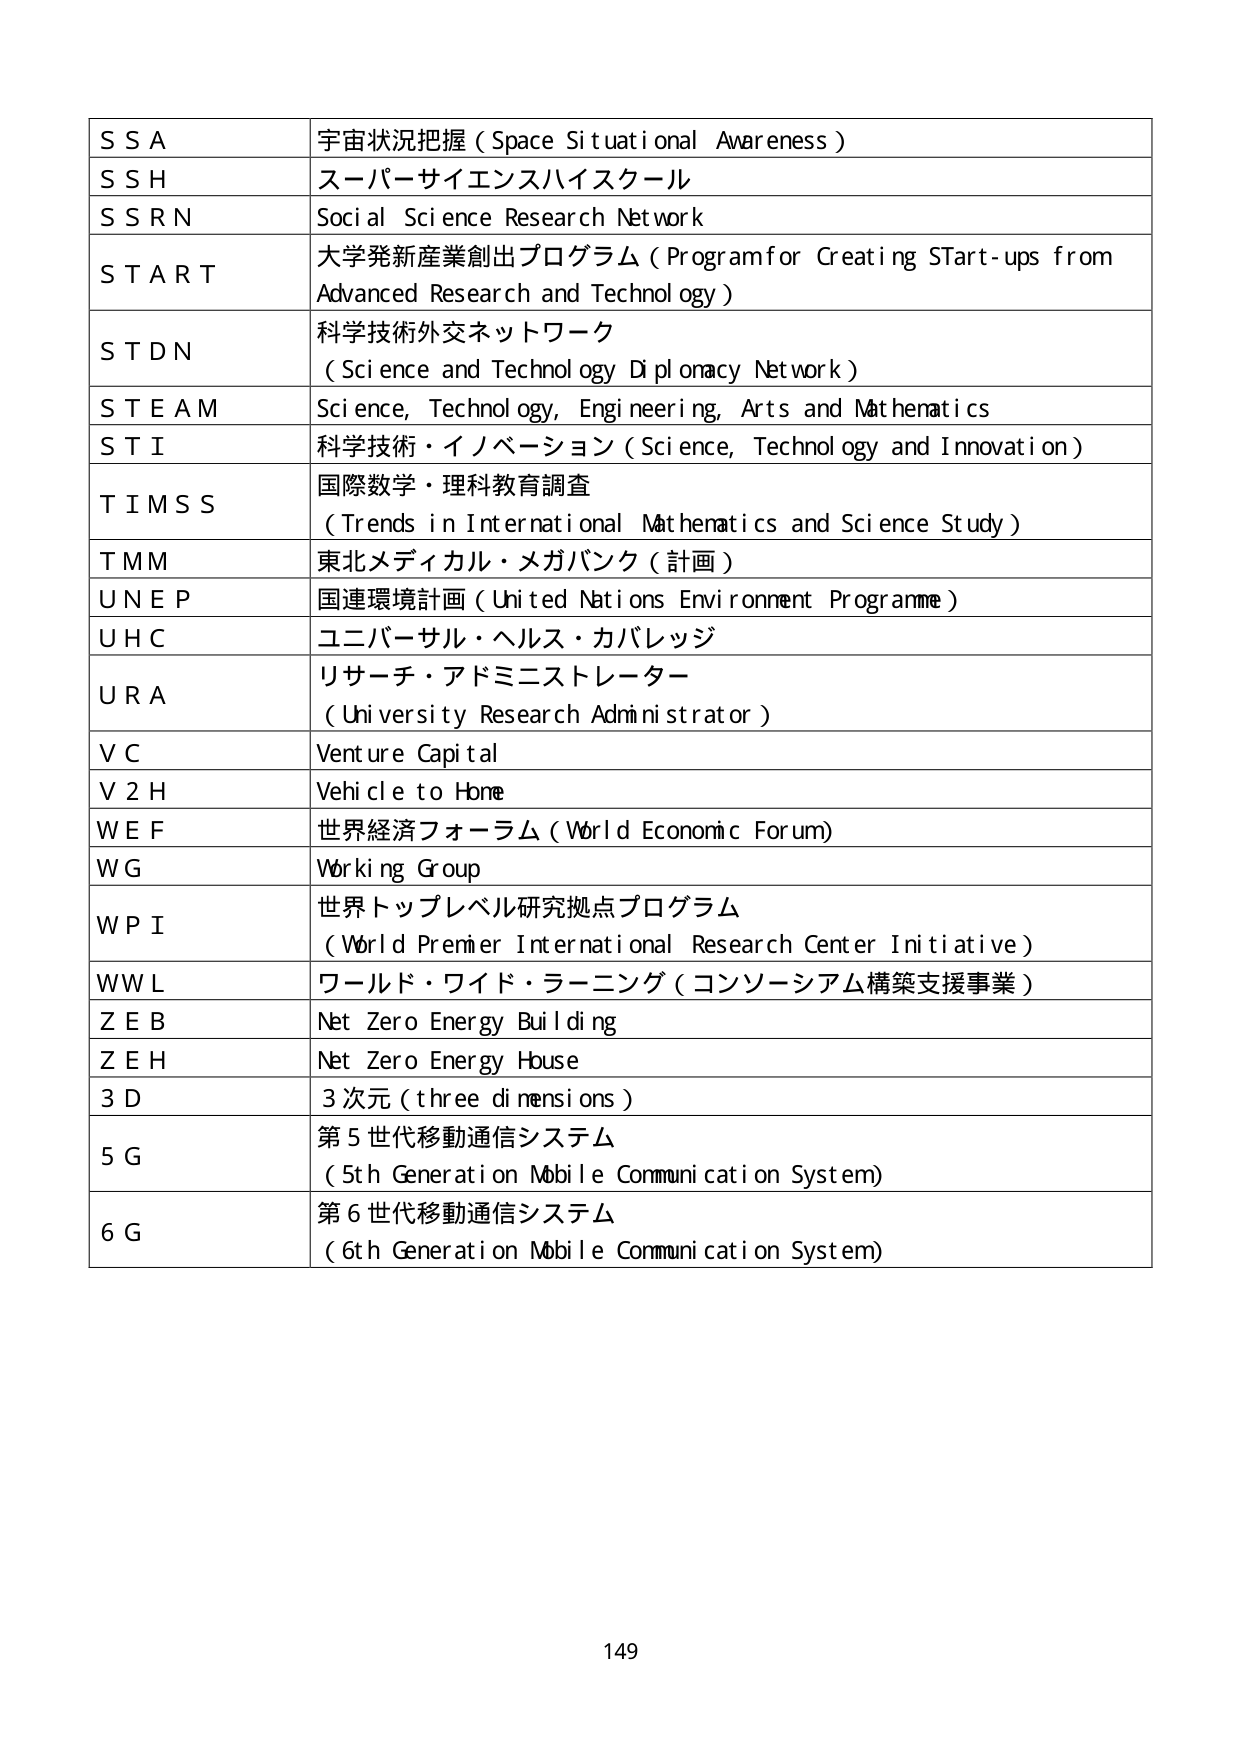
S S A 宇宙状況把握 ( Space Situational Awareness )
S S H スーパーサイエンスハイスクール
S S R N Soci al Sci ence Research Network
S T A R T 大学発新産業創出プログラム ( Program for Creating STArt-ups from Advanced Research and Technology )
S T D N 科学技術外交ネットワーク ( Science and Technology Diplomacy Network )
S T E A M Science, Technology, Engineering, Arts and Mathematics
S T I 科学技術・イノベーション ( Science, Technology and Innovation )
T I M S S 国際数学・理科教育調査 ( Trends in International Mathematics and Science Study )
T M M 東北メディカル・メガバンク ( 計画 )
U N E P 国連環境計画 ( United Nations Environment Programme )
U H C ユニバーサル・ヘルス・カバレッジ
U R A リサーチ・アドミニストレーター ( University Research Administrator )
V C Venture Capital
V 2 H Vehicle to Home
W E F 世界経済フォーラム ( World Economic Forum )
W G Working Group
W P I 世界トップレベル研究拠点プログラム ( World Premier International Research Center Initiative )
W W L ワールド・ワイド・ラーニング ( コンソーシアム構築支援事業 )
Z E B Net Zero Energy Building
Z E H Net Zero Energy House
3 D 3 次元 ( three dimensions )
5 G 第 5 世代移動通信システム ( 5th Generation Mobile Communication System )
6 G 第 6 世代移動通信システム ( 6th Generation Mobile Communication System )
149